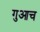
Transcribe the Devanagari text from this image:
गुआच